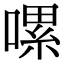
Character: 𠼱